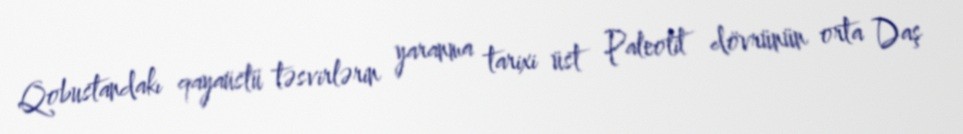
Qobustandakı qayaüstü təsvirlərin yaranma tarixi üst Paleolit dövrünün orta Daş